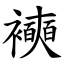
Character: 襫